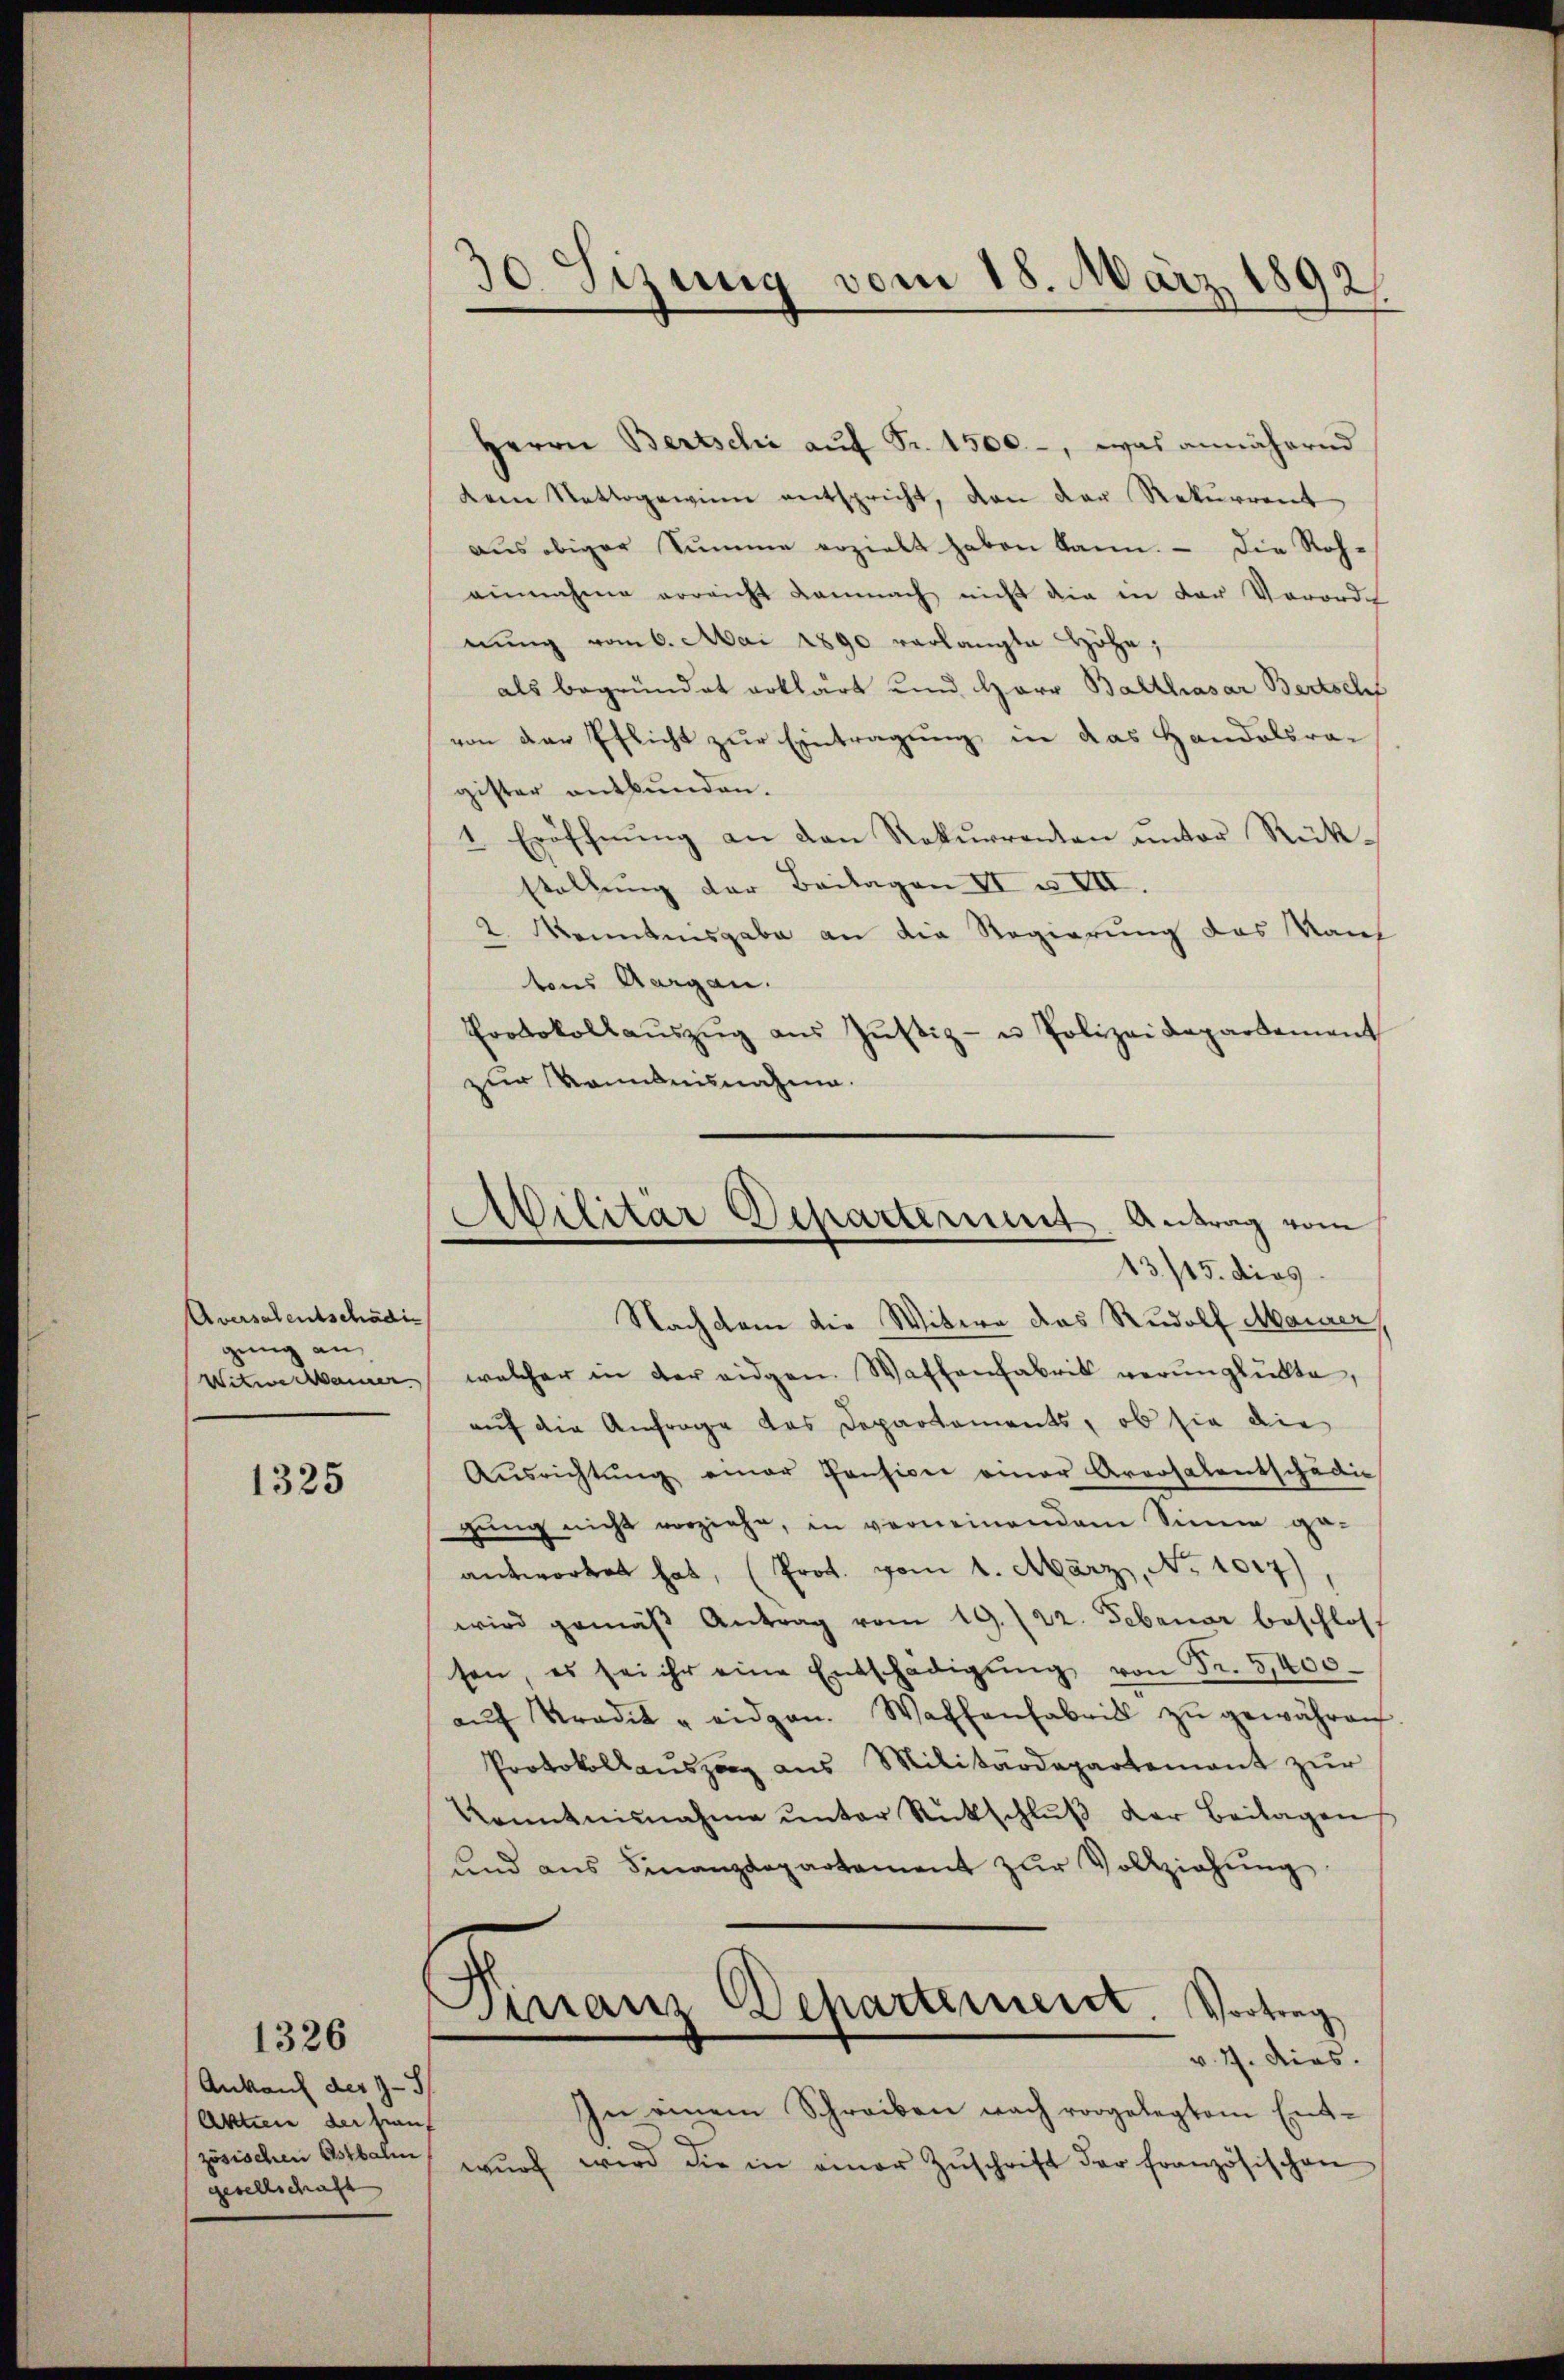
Aversalentschädig
gung an,
Witwe Manner

1325

Ankauf der 2-3
Aktien der von
zösischen Ostbahn
gesellschaft

1326

30 Sizung vom 18. März 1892

Militär Departerint. Antrag vom
13/15. dies
Nachdem die Widern das Rudolf Maurer

Herrn Bertschi aŭf Fr. 1500.-, was annähernd
dem Nettogewinn entspricht, den der Rekurrent
aŭs obiger Sŭmme erzielt haben kann. - Die Roh-
einnahme erreicht Lamnach nicht die in der Verord
nung vom 6. Mai 1890 verlangte Höhe,
als begründet erklärt und Herr Balthasar Bertschf
von der Pflicht zur Eintragung in das Handelsra-
gister entbunden.
1 Eröffnŭng an den Rekurrenten ŭnter Rück-
stellung der Beilagen II u. VII
2. konntensgabe an die Regierung das Kais
tons Aargau.
Protokollaŭszŭg aŭs Jŭstiz- u Polizeidepartement
zur Kenntnisnahme.
welcher in der eidgen. Waffenfabrik verunglückte,
auf die Anfrage das Departements, ob sie die
Aŭsrichtŭng einer Pension einer Arrosalentschädig
gung nicht vorziehe, in verneinendem Sinne ge-
antwortet hat, (Prot. vom 1. März, No 1017),
wird gemäβ Antrag vom 19. 22. Februar beschlos
sen, es sei ihr eine Entschädigŭng von Fr. 5400.
aŭf Pradit u eidgen. Waffenfabrik zŭ gewähren
Protokollauszug aus Militärdepartement zur
konntnisnahme unter Rutschlŭβ der Beilagen
und ans Finanzdepartament zŭr Vollziehŭng
.
Granz Departemeist. Vortrag
v. 4. dies.
In einem Schreiben nach vorgelegtem Entwird die in einer Zŭschrift der französischen
wurf